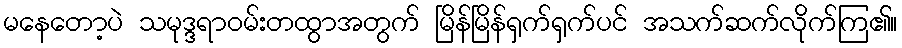
မနေတော့ပဲ သမုဒ္ဒရာဝမ်းတထွာအတွက် မြိန်မြိန်ရှက်ရှက်ပင် အသက်ဆက်လိုက်ကြ၏။